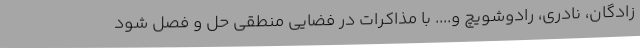
زادگان، نادری، رادوشویچ و.... با مذاکرات در فضایی منطقی حل و فصل شود